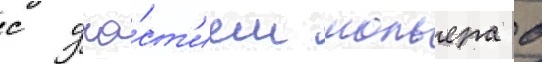
с уча́ст'ием мольера в